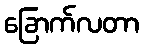
ခြောက်လတာ